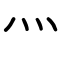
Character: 灬